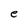
Character: e